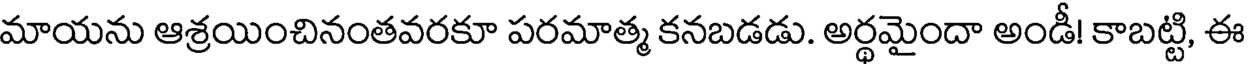
మాయను ఆశ్రయించినంతవరకూ పరమాత్మ కనబడడు. అర్థమైందా అండీ! కాబట్టి, ఈ